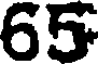
65